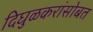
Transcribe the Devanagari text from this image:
दिघुळकरांसोबत